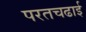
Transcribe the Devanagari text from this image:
परतचढाई